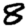
Digit: 8